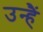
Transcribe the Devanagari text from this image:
उन्हैं